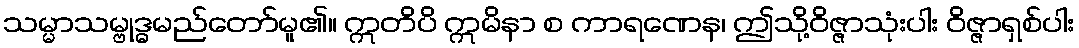
သမ္မာသမ္ဗုဒ္ဓမည်တော်မူ၏။ ဣတိပိ ဣမိနာ စ ကာရဏေန၊ ဤသို့ဝိဇ္ဇာသုံးပါး ဝိဇ္ဇာရှစ်ပါး